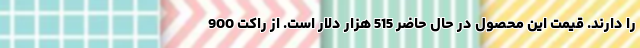
را دارند. قیمت این محصول در حال حاضر 515 هزار دلار است. از راکت 900